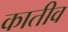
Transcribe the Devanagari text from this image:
कातीव